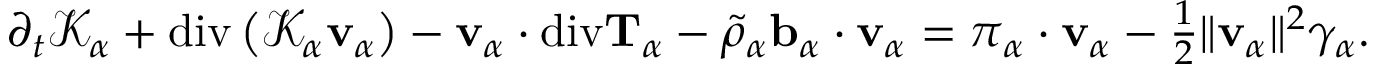
\begin{array} { r } { \partial _ { t } \mathscr { K } _ { \alpha } + \mathrm { d i v } \left( \mathscr { K } _ { \alpha } \mathbf { v } _ { \alpha } \right) - \mathbf { v } _ { \alpha } \cdot \mathrm { d i v } \mathbf { T } _ { \alpha } - \tilde { \rho } _ { \alpha } \mathbf { b } _ { \alpha } \cdot \mathbf { v } _ { \alpha } = \boldsymbol { \pi } _ { \alpha } \cdot \mathbf { v } _ { \alpha } - \frac { 1 } { 2 } \| \mathbf { v } _ { \alpha } \| ^ { 2 } \gamma _ { \alpha } . } \end{array}